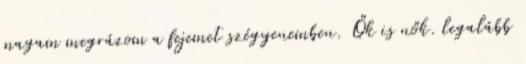
magam megrázom a fejemet szégyenemben. Ők is nők. legalább